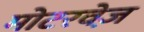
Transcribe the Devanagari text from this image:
मोटरवेज़